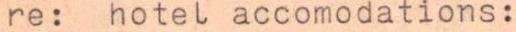
re: hotel accomodations: